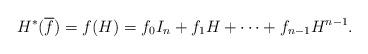
LaTeX: \begin{align*} H^{*}( \overline{f})=f(H)=f_{0}I_{n}+f_{1}H+\cdots+f_{n-1}H^{n-1}. \end{align*}